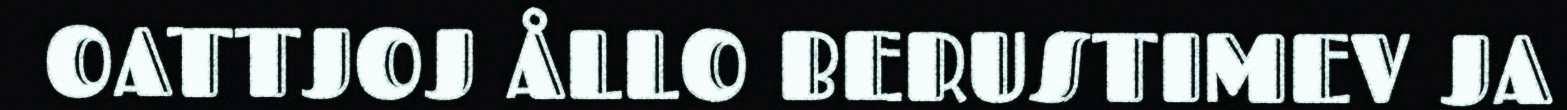
OATTJOJ ÅLLO BERUSTIMEV JA